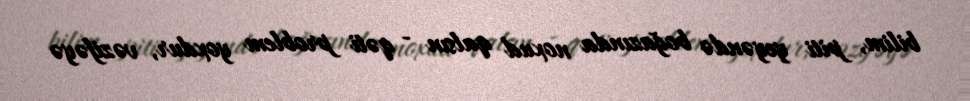
bilim, piti yeyəndə boğazında noxud qalsın - qəti problem yoxdur, vəzifəyə